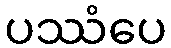
ပဿံပေ